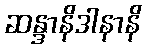
ဆန္ဒာနိဒါနာနိ